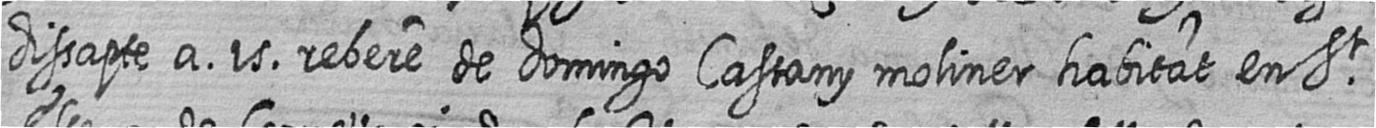
dissapte a 15 rebere de domingo Castany moliner habitat en St